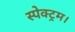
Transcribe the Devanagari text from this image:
स्पेक्ट्रम।